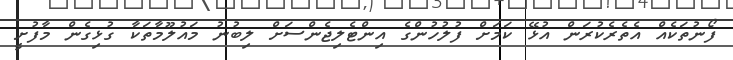
ފޯނުތަކެއް އެތެރެކުރަން އުޅޭ ކަމަށް ފުލުހުންގެ އިންޓެލިޖެންސަށް ލިބުނު މައުލޫމާތަކާ ގުޅިގެން މާފުށީ